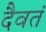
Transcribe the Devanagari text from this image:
दैवतं